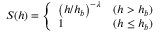
S ( h ) = \left\{ \begin{array} { l l } { \left( h / h _ { b } \right) ^ { - \lambda } } & { ( h > h _ { b } ) } \\ { 1 } & { ( h \le h _ { b } ) } \end{array} \right.